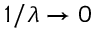
1 / \lambda \rightarrow 0